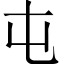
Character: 屯